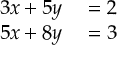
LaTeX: \begin{array} { r l } { 3 x + 5 y } & { { } = 2 } \\ { 5 x + 8 y } & { { } = 3 } \end{array}